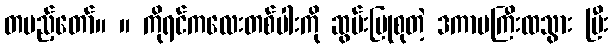
တပည့်တော်။ ။ ကိုရင်ကလေးတစ်ပါးကို ဆွမ်းပြုစုတဲ့ ဒကာမကြီးထသွား ပြီး